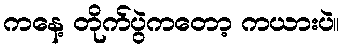
ကနေ့ တိုက်ပွဲကတော့ ကယားပဲ။